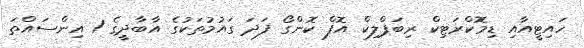
ހައިޓީއާއި ޑިމޮކްރަޓިކް ރިބަޕްލިކް އޮފް ކޮންގޯ ފަދަ ގައުމުތަކުގެ އާބާދީގެ 1 އިންސައްތަ